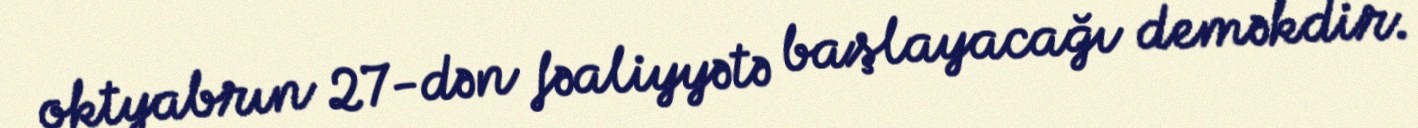
oktyabrın 27-dən fəaliyyətə başlayacağı deməkdir.